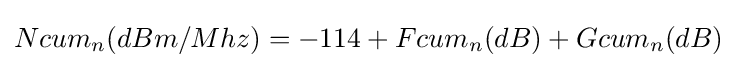
Ncum_{n}(dBm/Mhz)=-114+Fcum_{n}(dB)+Gcum_{n}(dB)